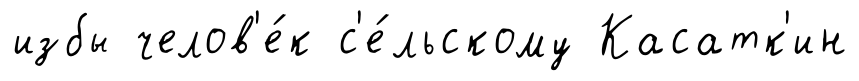
избы челов'е́к с'е́льскому Касатк'ин